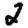
Digit: 2